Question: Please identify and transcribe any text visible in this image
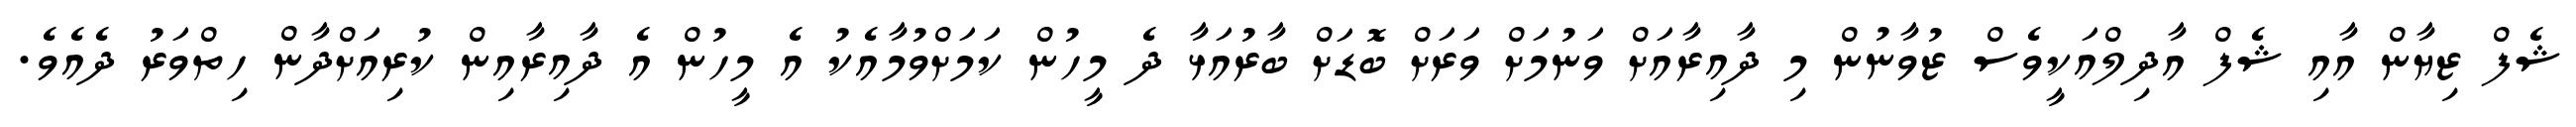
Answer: ޝެފް ޒިޔާން އާއި ޝެފް އާދިލްއަކީވެސް ޒުވާނުން މި ދާއިރާއަށް ވަނުމަށް ވަރަށް ބޮޑަށް ބާރުއަޅާ ދެ މީހުން ކަމަށްވުމާއެކު އެ މީހުން އެ ދާއިރާއިން ކުރިއަށްދާން ހިތްވަރު ދެއެވެ.